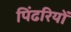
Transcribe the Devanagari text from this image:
पिंढरियों